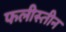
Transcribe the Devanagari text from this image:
फलीस्‍तीन